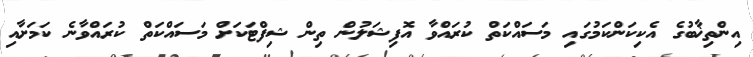
އިންތިޚާބުގެ އެކިކަންކަމުގައި މަސައްކަތް ކުރައްވާ އޮފިޝަލުން ތިން ޝިފްޓަަކަށް މަސައްކަތް ކުރައްވާނެ ކަމަށާއި